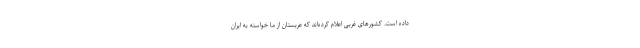
داده است. کشورهای غربی اعلام کرده‌اند که عربستان از ما خواسته به ایران